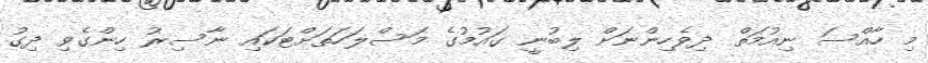
މި ހާއްސަ ނިއުމަތް ދިވެހިންނަށް ލިބުނީ ގައުމުގެ މަސްލަހަތަށްޓަކައި ނާސިރު ހިންގެވި ދިގު